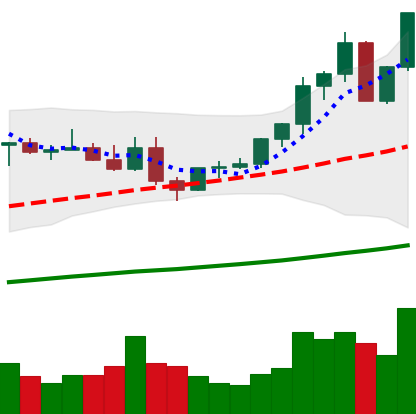
Ticker: ETC-USD
Chart end date: 2021-04-05
Forward return: 26.448%
Label: up_7plus